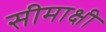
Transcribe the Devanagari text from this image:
सीमाक्षी